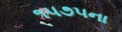
૧૫૭૫ના